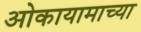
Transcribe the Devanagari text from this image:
ओकायामाच्या